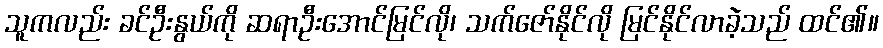
သူကလည်း ခင်ဦးနွယ်ကို ဆရာဦးအောင်မြင်လို၊ သက်ဇော်နိုင်လို မြင်နိုင်လာခဲ့သည် ထင်၏။